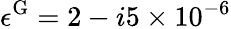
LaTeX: \epsilon^{\mathrm{G}}=2-i5\times 10^{-6}